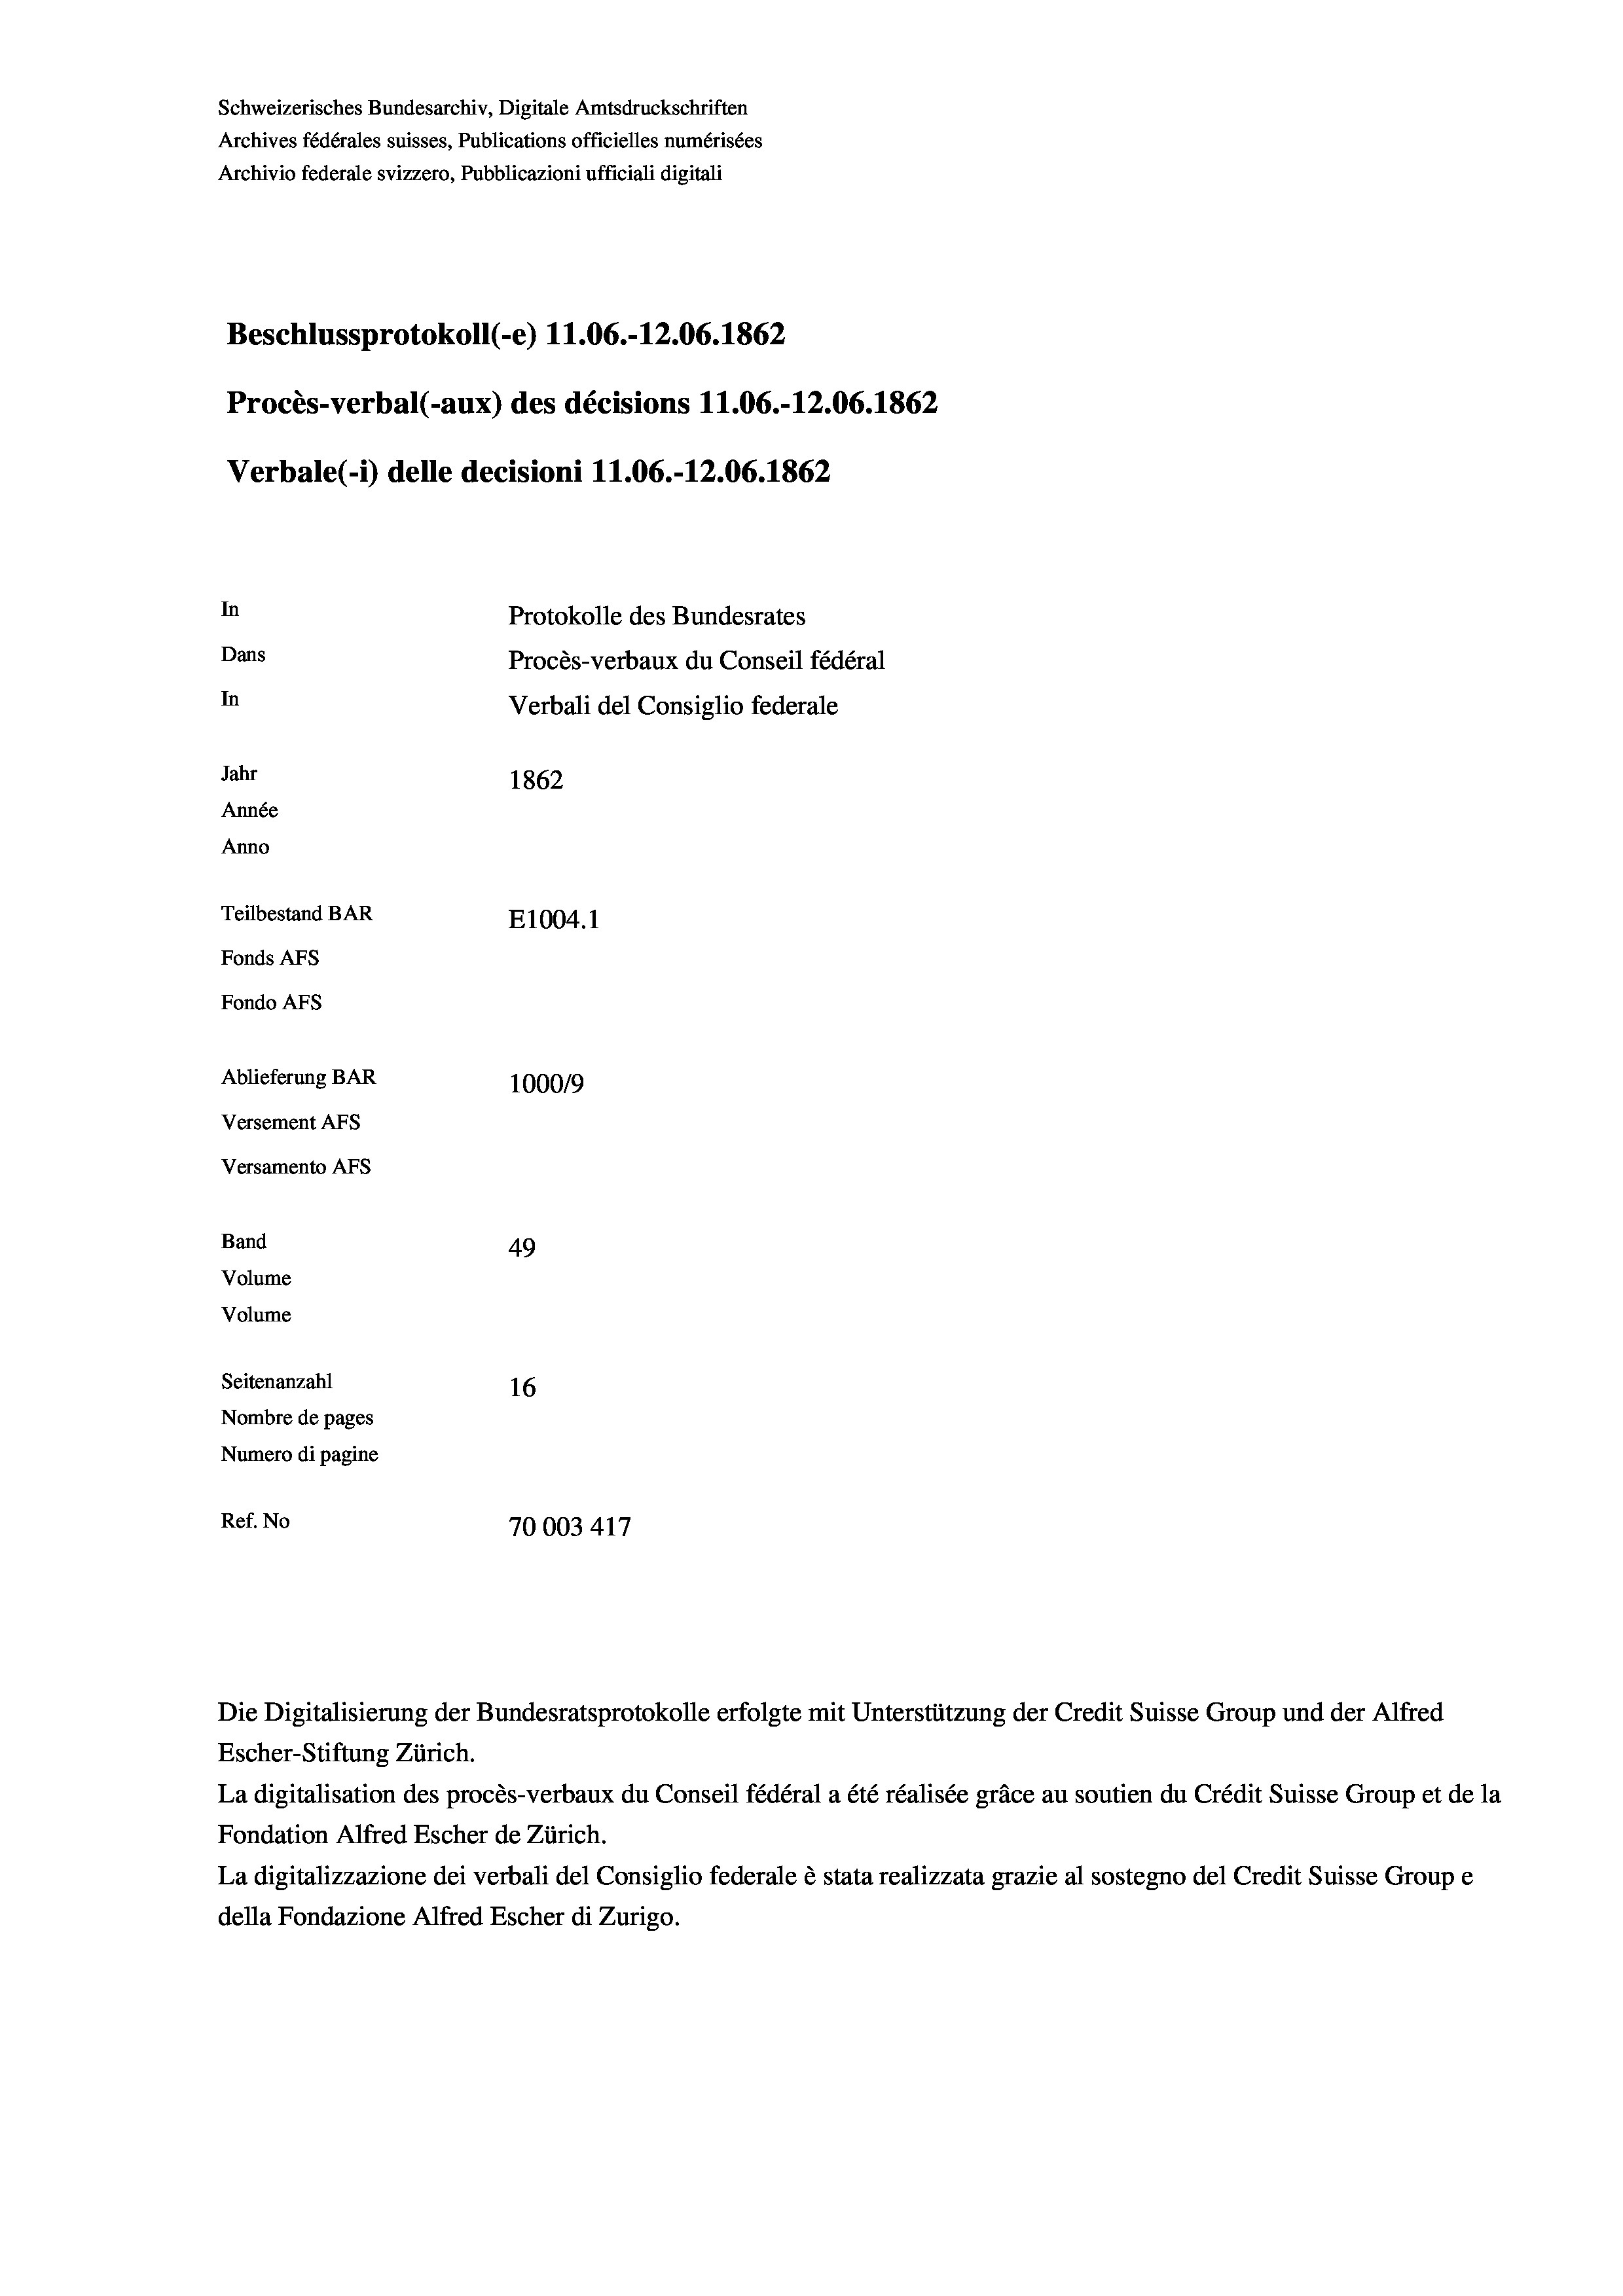
Schweizerisches Bundesarchiv, Digitale Amtsdruckschriften
Archives fédérales suisses, Publications officielles numérisées
Archivio federale svizzero, Pubblicazioni ufficiali digitali
Beschlussprotokoll (-e) 11.06.-12.06. 1862
Procès-verbal (-aux) des décisions 11.06.-12.06. 1862
Verbale(-*) delle decisioni 11.06.-12.06. 1862
In
Protokolle des Bundesrates
Dans
Procès-verbaux du Conseil fédéral
In
Verbali del Consiglio federale
Jahr
1862
Année
Anno
Teilbestand BAR
E1004. 1
Fonds Afs
Fondo Afs
Ablieferung BAR
100019
Versement AFs
Versamento Afs
Band
49
Volume
Volume
Seitenanzahl
16
Nombre de pages
Numero di pagine
Ref. No
70003417

Escher-Stiftung Zürich.
La digitalisation des procès-verbaux du Conseil fédéral a été réalisée gräce au soutien du Crédit Suisse Group et de la
Fondation Alfred Escher de Zürich.
La digitalizzazione dei verbali del Consiglio federale è stata realizzata grazie al sostegno del Credit Suisse Groupe
della Fondazione Alfred Escher di Zurigo.

Die Digitalisierung der Bundesratsprotokolle erfolgte mit Unterstützung der Credit Suisse Group und der Alfred